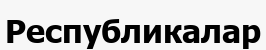
Республикалар